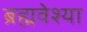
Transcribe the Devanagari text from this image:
ब्रह्मवेश्या